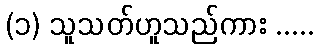
(၁) သူသတ်ဟူသည်ကား .....